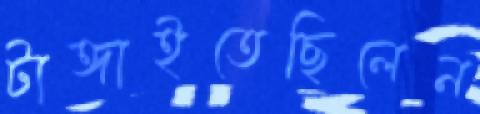
টাঙ্গাইতেছিলেন